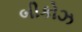
બીકોઝ